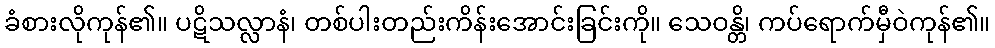
ခံစားလိုကုန်၏။ ပဋိသလ္လာနံ၊ တစ်ပါးတည်းကိန်းအောင်းခြင်းကို။ သေဝန္တိ၊ ကပ်ရောက်မှီဝဲကုန်၏။